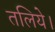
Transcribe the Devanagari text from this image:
तलिये।